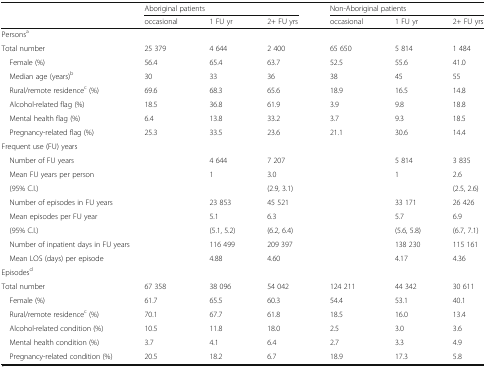
<table><thead><tr><td rowspan="2"></td><td colspan="3"><b>Aboriginal patients</b></td><td colspan="3"><b>Non-Aboriginal patients</b></td></tr><tr><td><b>occasional</b></td><td><b>1 FU yr</b></td><td><b>2+ FU yrs</b></td><td><b>occasional</b></td><td><b>1 FU yr</b></td><td><b>2+ FU yrs</b></td></tr></thead><tbody><tr><td colspan="7">Persons<sup>a</sup></td></tr><tr><td>Total number</td><td>25 379</td><td>4 644</td><td>2 400</td><td>65 650</td><td>5 814</td><td>1 484</td></tr><tr><td> Female (%)</td><td>56.4</td><td>65.4</td><td>63.7</td><td>52.5</td><td>55.6</td><td>41.0</td></tr><tr><td> Median age (years)<sup>b</sup></td><td>30</td><td>33</td><td>36</td><td>38</td><td>45</td><td>55</td></tr><tr><td> Rural/remote residence<sup>c</sup> (%)</td><td>69.6</td><td>68.3</td><td>65.6</td><td>18.9</td><td>16.5</td><td>14.8</td></tr><tr><td> Alcohol-related flag (%)</td><td>18.5</td><td>36.8</td><td>61.9</td><td>3.9</td><td>9.8</td><td>18.8</td></tr><tr><td> Mental health flag (%)</td><td>6.4</td><td>13.8</td><td>33.2</td><td>3.7</td><td>9.3</td><td>18.5</td></tr><tr><td> Pregnancy-related flag (%)</td><td>25.3</td><td>33.5</td><td>23.6</td><td>21.1</td><td>30.6</td><td>14.4</td></tr><tr><td colspan="7">Frequent use (FU) years</td></tr><tr><td> Number of FU years</td><td></td><td>4 644</td><td>7 207</td><td></td><td>5 814</td><td>3 835</td></tr><tr><td colspan="2"> Mean FU years per person</td><td>1</td><td>3.0</td><td></td><td>1</td><td>2.6</td></tr><tr><td colspan="2"> (95% C.I.)</td><td></td><td>(2.9, 3.1)</td><td></td><td></td><td>(2.5, 2.6)</td></tr><tr><td colspan="2"> Number of episodes in FU years</td><td>23 853</td><td>45 521</td><td></td><td>33 171</td><td>26 426</td></tr><tr><td> Mean episodes per FU year</td><td></td><td>5.1</td><td>6.3</td><td></td><td>5.7</td><td>6.9</td></tr><tr><td> (95% C.I.)</td><td></td><td>(5.1, 5.2)</td><td>(6.2, 6.4)</td><td></td><td>(5.6, 5.8)</td><td>(6.7, 7.1)</td></tr><tr><td colspan="2"> Number of inpatient days in FU years</td><td>116 499</td><td>209 397</td><td></td><td>138 230</td><td>115 161</td></tr><tr><td> Mean LOS (days) per episode</td><td></td><td>4.88</td><td>4.60</td><td></td><td>4.17</td><td>4.36</td></tr><tr><td colspan="7">Episodes<sup>d</sup></td></tr><tr><td>Total number</td><td>67 358</td><td>38 096</td><td>54 042</td><td>124 211</td><td>44 342</td><td>30 611</td></tr><tr><td> Female (%)</td><td>61.7</td><td>65.5</td><td>60.3</td><td>54.4</td><td>53.1</td><td>40.1</td></tr><tr><td> Rural/remote residence<sup>c</sup> (%)</td><td>70.1</td><td>67.7</td><td>61.8</td><td>18.5</td><td>16.0</td><td>13.4</td></tr><tr><td> Alcohol-related condition (%)</td><td>10.5</td><td>11.8</td><td>18.0</td><td>2.5</td><td>3.0</td><td>3.6</td></tr><tr><td> Mental health condition (%)</td><td>3.7</td><td>4.1</td><td>6.4</td><td>2.7</td><td>3.3</td><td>4.9</td></tr><tr><td> Pregnancy-related condition (%)</td><td>20.5</td><td>18.2</td><td>6.7</td><td>18.9</td><td>17.3</td><td>5.8</td></tr></tbody></table>